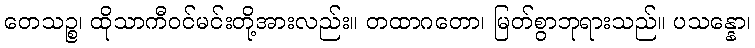
တေသဉ္စ၊ ထိုသာကီဝင်မင်းတို့အားလည်း။ တထာဂတော၊ မြတ်စွာဘုရားသည်။ ပသန္နော၊